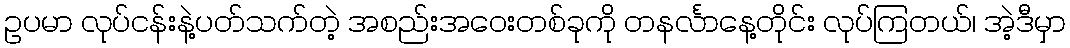
ဥပမာ လုပ်ငန်းနဲ့ပတ်သက်တဲ့ အစည်းအဝေးတစ်ခုကို တနင်္လာနေ့တိုင်း လုပ်ကြတယ်၊ အဲ့ဒီမှာ